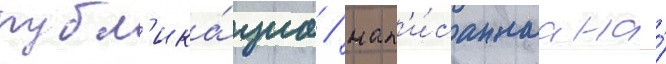
публ'ика́циа / нап'и́саннаа на́